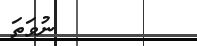
ނުވަތަ